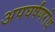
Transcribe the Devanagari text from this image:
अपघर्षंणरोध